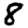
Digit: 8